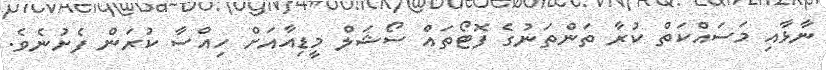
ނާޅާއި މަސައްކަތް ކުރާ ތަންތަނުގެ ފޮޓޯތައް ސޯޝަލް މީޑިއާއަށް ހިއްސާ ކުރަން ފެށުނެވެ.